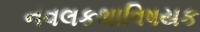
નવલકથાવિષયક